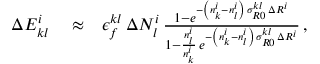
\begin{array} { r l r } { \Delta E _ { k l } ^ { i } } & { { } \approx } & { \epsilon _ { f } ^ { k l } \, \Delta N _ { l } ^ { i } \, \frac { 1 - e ^ { - \left( n _ { k } ^ { i } - n _ { l } ^ { i } \right) \, \sigma _ { R 0 } ^ { k l } \, \Delta R ^ { i } } } { 1 - \frac { n _ { l } ^ { i } } { n _ { k } ^ { i } } \, e ^ { - \left( n _ { k } ^ { i } - n _ { l } ^ { i } \right) \, \sigma _ { R 0 } ^ { k l } \, \Delta R ^ { i } } } \, , } \end{array}